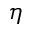
\eta